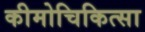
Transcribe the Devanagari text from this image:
कीमोचिकित्सा